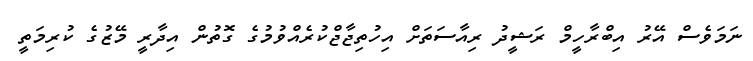
ނަމަވެސް އޭރު އިބްރާހީމް ރަޝީދު ރިއާސަތަށް އިހުތިޖާޖްކުރެއްވުމުގެ ގޮތުން އިދާރީ މޭޒުގެ ކުރިމަތީ